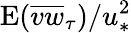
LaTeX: \mathrm{E}(\overline{{vw}}_{\tau})/u_{\ast}^{2}